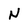
Character: N